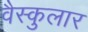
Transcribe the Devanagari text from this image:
वैस्कुलार